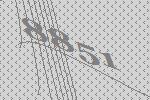
8851